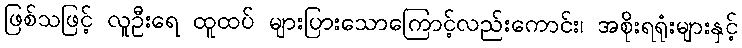
ဖြစ်သဖြင့် လူဦးရေ ထူထပ် များပြားသောကြောင့်လည်းကောင်း၊ အစိုးရရုံးများနှင့်